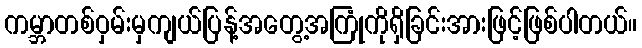
ကမ္ဘာတစ်ဝှမ်းမှကျယ်ပြန့်အတွေ့အကြုံကိုရှိခြင်းအားဖြင့်ဖြစ်ပါတယ်။